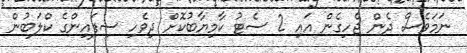
ނަމަވެސް ދެން ޖެހިގެން އައި 2 ސެޓު ކާމިޔާބުކޮށް ދިވެހި ސިފައިންގެ ކްލަބުން